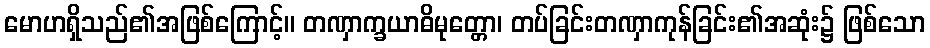
မောဟရှိသည်၏အဖြစ်ကြောင့်။ တဏှာက္ခယာဓိမုတ္တော၊ တပ်ခြင်းတဏှာကုန်ခြင်း၏အဆုံး၌ ဖြစ်သော